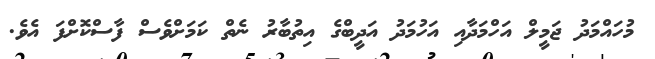
މުހައްމަދު ޖަމީލް އަހްމަދާއި އަހުމަދު އަދީބްގެ އިތުބާރު ނެތް ކަމަށްވެސް ފާސްކޮށްފަ އެވެ.